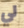
لي